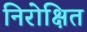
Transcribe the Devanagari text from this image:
निरोक्षित